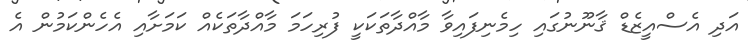
އަދި އެސްއީޒެޑް ޤާނޫނުގައި ހިމެނިފައިވާ މާއްދާތަކަކީ ފުރިހަމަ މާއްދާތަކެއް ކަމަށާއި އެހެންކަމުން އެ